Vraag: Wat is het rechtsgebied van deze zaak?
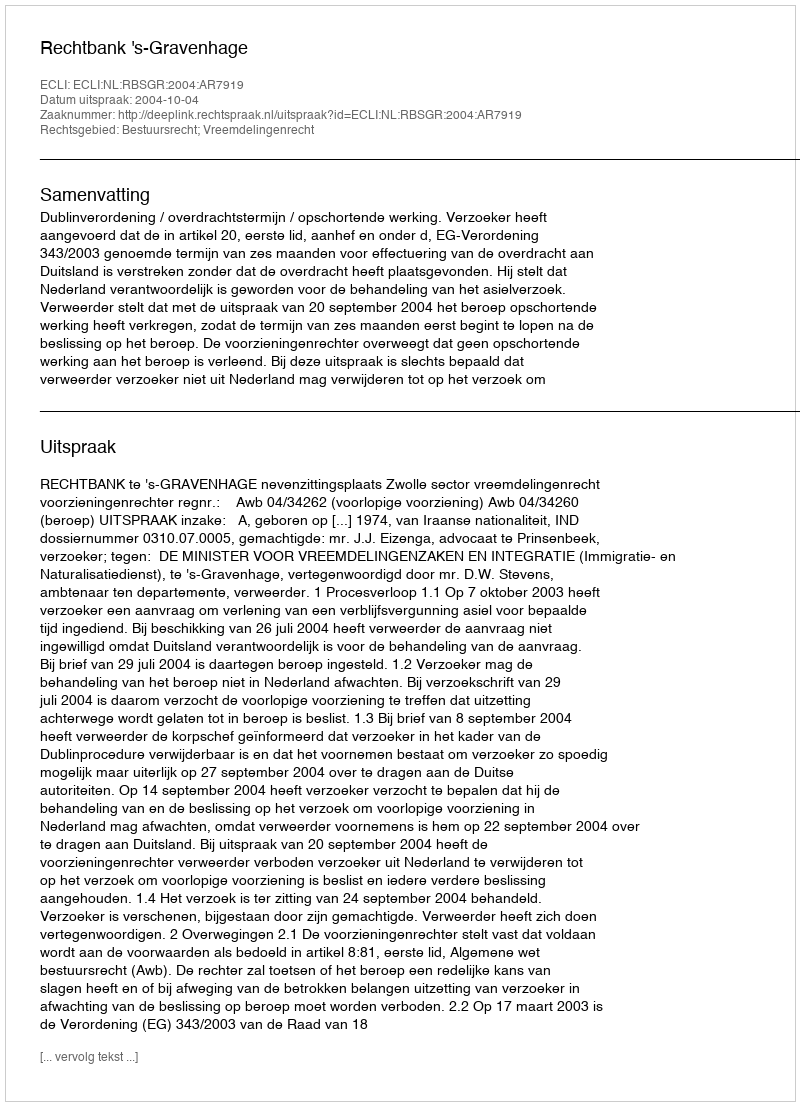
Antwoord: Bestuursrecht; Vreemdelingenrecht